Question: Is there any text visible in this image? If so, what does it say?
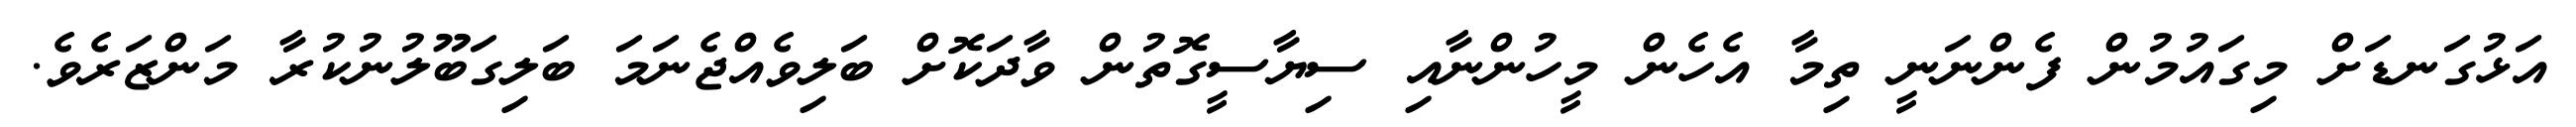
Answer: އަޅުގަނޑަށް މިގައުމުން ފެންނަނީ ތިމާ އެހެން މީހުންނާއި ސިޔާސީގޮތުން ވާދަކޮށް ބަލިވެއްޖެނަމަ ބަލިގަބޫލުނުކުރާ މަންޒަރެވެ.